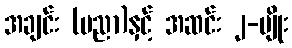
အချင်း (ပညာ)နှင့် အဆင်း ၂-မျိုး